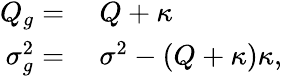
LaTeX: \begin{array}{rl}{Q_{g}=}&{{}\ Q+\kappa}\\ {\sigma_{g}^{2}=}&{{}\ \sigma^{2}-(Q+\kappa)\kappa,}\end{array}